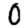
Digit: 0